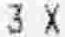
3 X